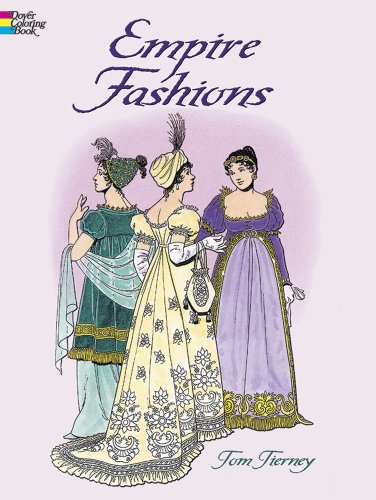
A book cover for Empire Fashions (Dover Fashion Coloring Book); Tom Tierney; Crafts, Hobbies & Home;